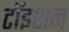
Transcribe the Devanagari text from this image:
टॉइशन